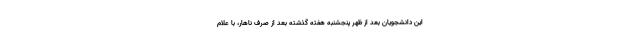
این دانشجویان بعد از ظهر پنجشنبه هفته گذشته بعد از صرف ناهار، با علام